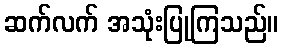
ဆက်လက် အသုံးပြုကြသည်။